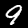
Digit: 9